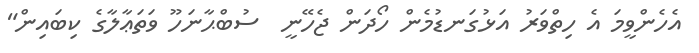
އެހެންވީމަ އެ ހިތްވަރު އަޅުގަނޑުމެން ހޯދަން ޖެހޭނީ  ސުބްޙާނަހޫ ވަތަޢާލާގެ ކިބައިން"